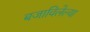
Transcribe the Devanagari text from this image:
बजाविलेल्या